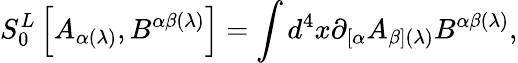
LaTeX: S_{0}^{L}\left[A_{\alpha(\lambda)},B^{\alpha\beta(\lambda)}\right]=\int d^{4}x\partial_{\left[\alpha\right.}A_{\left.\beta\right](\lambda)}B^{\alpha\beta(\lambda)},